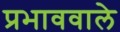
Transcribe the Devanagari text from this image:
प्रभाववाले